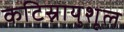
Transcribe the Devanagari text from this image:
कटिस्नायुशूल